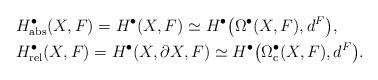
LaTeX: \begin{align*}& H^\bullet_\mathrm{abs}(X,F) = H^\bullet(X,F)\simeq H^\bullet\big(\Omega^\bullet(X,F),d^F\big),\\& H^\bullet_\mathrm{rel}(X,F) = H^\bullet(X,\partial X,F)\simeq H^\bullet\big(\Omega^\bullet_\mathrm{c}(X,F),d^F\big).\end{align*}